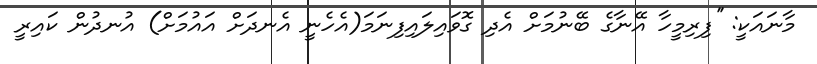
މާނައަކީ: ''ފިރިމީހާ އޭނާގެ ބޭނުމަށް އެދި ގޮވައިލައިފިނަމަ(އެހެނީ އެނދަށް އައުމަށް) އުނދުން ކައިރީ